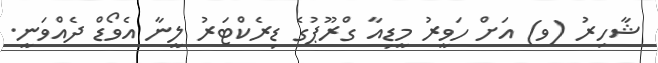
ޝާހިރު (ވ) އަށް ހަވީރު މީޑިއާ ގްރޫޕުގެ ޑިރެކްޓަރު ލީނާ އެވޯޑް ދެއްވަނީ.